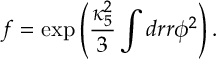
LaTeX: f = \exp \left( \frac { \kappa _ { 5 } ^ { 2 } } { 3 } \int d r r \phi ^ { 2 } \right) .